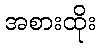
အစားထိုး